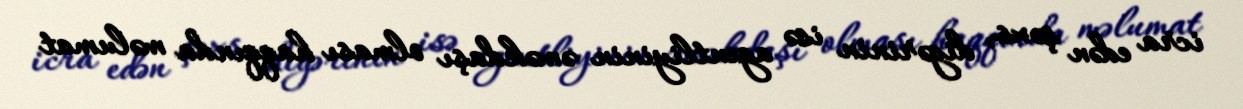
icra edən şəxs, digərinin isə agentliyinin əməkdaşı olması haqqında məlumat